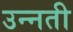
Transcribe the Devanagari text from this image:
उन्‍नती